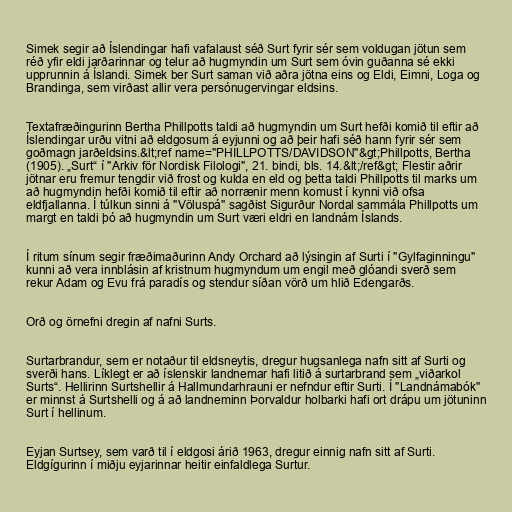
Simek segir að Íslendingar hafi vafalaust séð Surt fyrir sér sem voldugan jötun sem
réð yfir eldi jarðarinnar og telur að hugmyndin um Surt sem óvin guðanna sé ekki
upprunnin á Íslandi. Simek ber Surt saman við aðra jötna eins og Eldi, Eimni, Loga og
Brandinga, sem virðast allir vera persónugervingar eldsins.

Textafræðingurinn Bertha Phillpotts taldi að hugmyndin um Surt hefði komið til eftir að
Íslendingar urðu vitni að eldgosum á eyjunni og að þeir hafi séð hann fyrir sér sem
goðmagn jarðeldsins.&lt;ref name="PHILLPOTTS/DAVIDSON"&gt;Phillpotts, Bertha
(1905). „Surt“ í "Arkiv för Nordisk Filologi", 21. bindi, bls. 14.&lt;/ref&gt; Flestir aðrir
jötnar eru fremur tengdir við frost og kulda en eld og þetta taldi Phillpotts til marks um
að hugmyndin hefði komið til eftir að norrænir menn komust í kynni við ofsa
eldfjallanna. Í túlkun sinni á "Völuspá" sagðist Sigurður Nordal sammála Phillpotts um
margt en taldi þó að hugmyndin um Surt væri eldri en landnám Íslands.

Í ritum sínum segir fræðimaðurinn Andy Orchard að lýsingin af Surti í "Gylfaginningu"
kunni að vera innblásin af kristnum hugmyndum um engil með glóandi sverð sem
rekur Adam og Evu frá paradís og stendur síðan vörð um hlið Edengarðs.

Orð og örnefni dregin af nafni Surts.

Surtarbrandur, sem er notaður til eldsneytis, dregur hugsanlega nafn sitt af Surti og
sverði hans. Líklegt er að íslenskir landnemar hafi litið á surtarbrand sem „viðarkol
Surts“. Hellirinn Surtshellir á Hallmundarhrauni er nefndur eftir Surti. Í "Landnámabók"
er minnst á Surtshelli og á að landneminn Þorvaldur holbarki hafi ort drápu um jötuninn
Surt í hellinum.

Eyjan Surtsey, sem varð til í eldgosi árið 1963, dregur einnig nafn sitt af Surti.
Eldgígurinn í miðju eyjarinnar heitir einfaldlega Surtur.